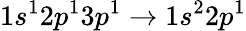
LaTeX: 1s^{1}2p^{1}3p^{1}\rightarrow 1s^{2}2p^{1}